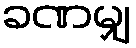
ခဏမျှ